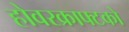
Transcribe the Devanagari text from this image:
होवरक्राफ्टको